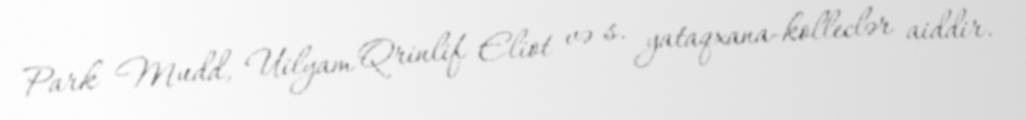
Park Mudd, Uilyam Qrinlif Eliot və s. yataqxana-kolleclər aiddir.